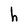
Character: h